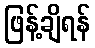
ဖြန့်ချိရန်